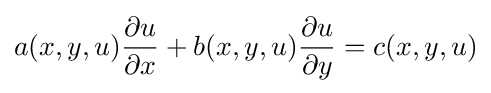
a(x,y,u){\frac {\partial u}{\partial x}}+b(x,y,u){\frac {\partial u}{\partial y}}=c(x,y,u)